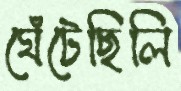
ঘেঁটেছিলি